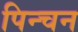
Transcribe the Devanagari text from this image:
पिन्चन